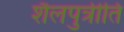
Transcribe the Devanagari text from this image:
शैलपुत्रीति